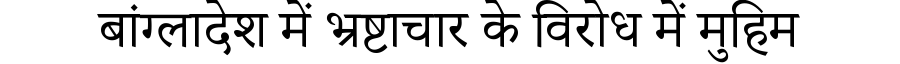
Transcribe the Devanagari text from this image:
बांग्लादेश में भ्रष्टाचार के विरोध में मुहिम